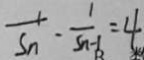
\frac { 1 } { S _ { n } } \cdot \frac { 1 } { S _ { n - 1 } } = 4